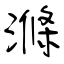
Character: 滌